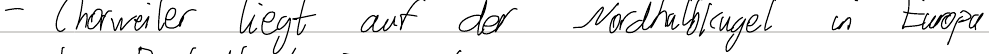
- Chorweiler liegt auf der Nordhalbkugel in Europa